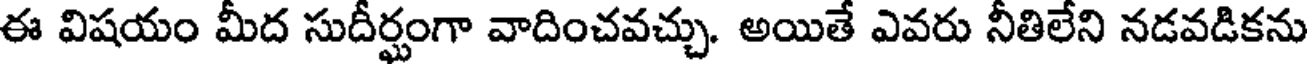
ఈ విషయం మీద సుదీర్ఘంగా వాదించవచ్చు. అయితే ఎవరు నీతిలేని నడవడికను